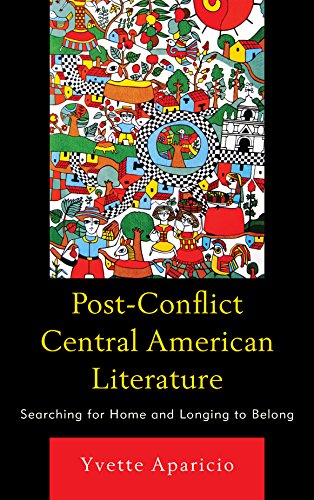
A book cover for Post-Conflict Central American Literature: Searching for Home and Longing to Belong; Yvette Aparicio; Literature & Fiction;